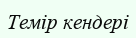
Темір кендері